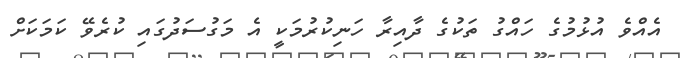
އެއްވެ އުޅުމުގެ ހައްގު ތަކުގެ ދާއިރާ ހަނިކުރުމަކީ އެ މަގުސަދުގައި ކުރެވޭ ކަމަކަށް